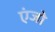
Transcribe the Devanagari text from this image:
एंजो